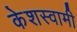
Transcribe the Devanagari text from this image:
केशस्वामी